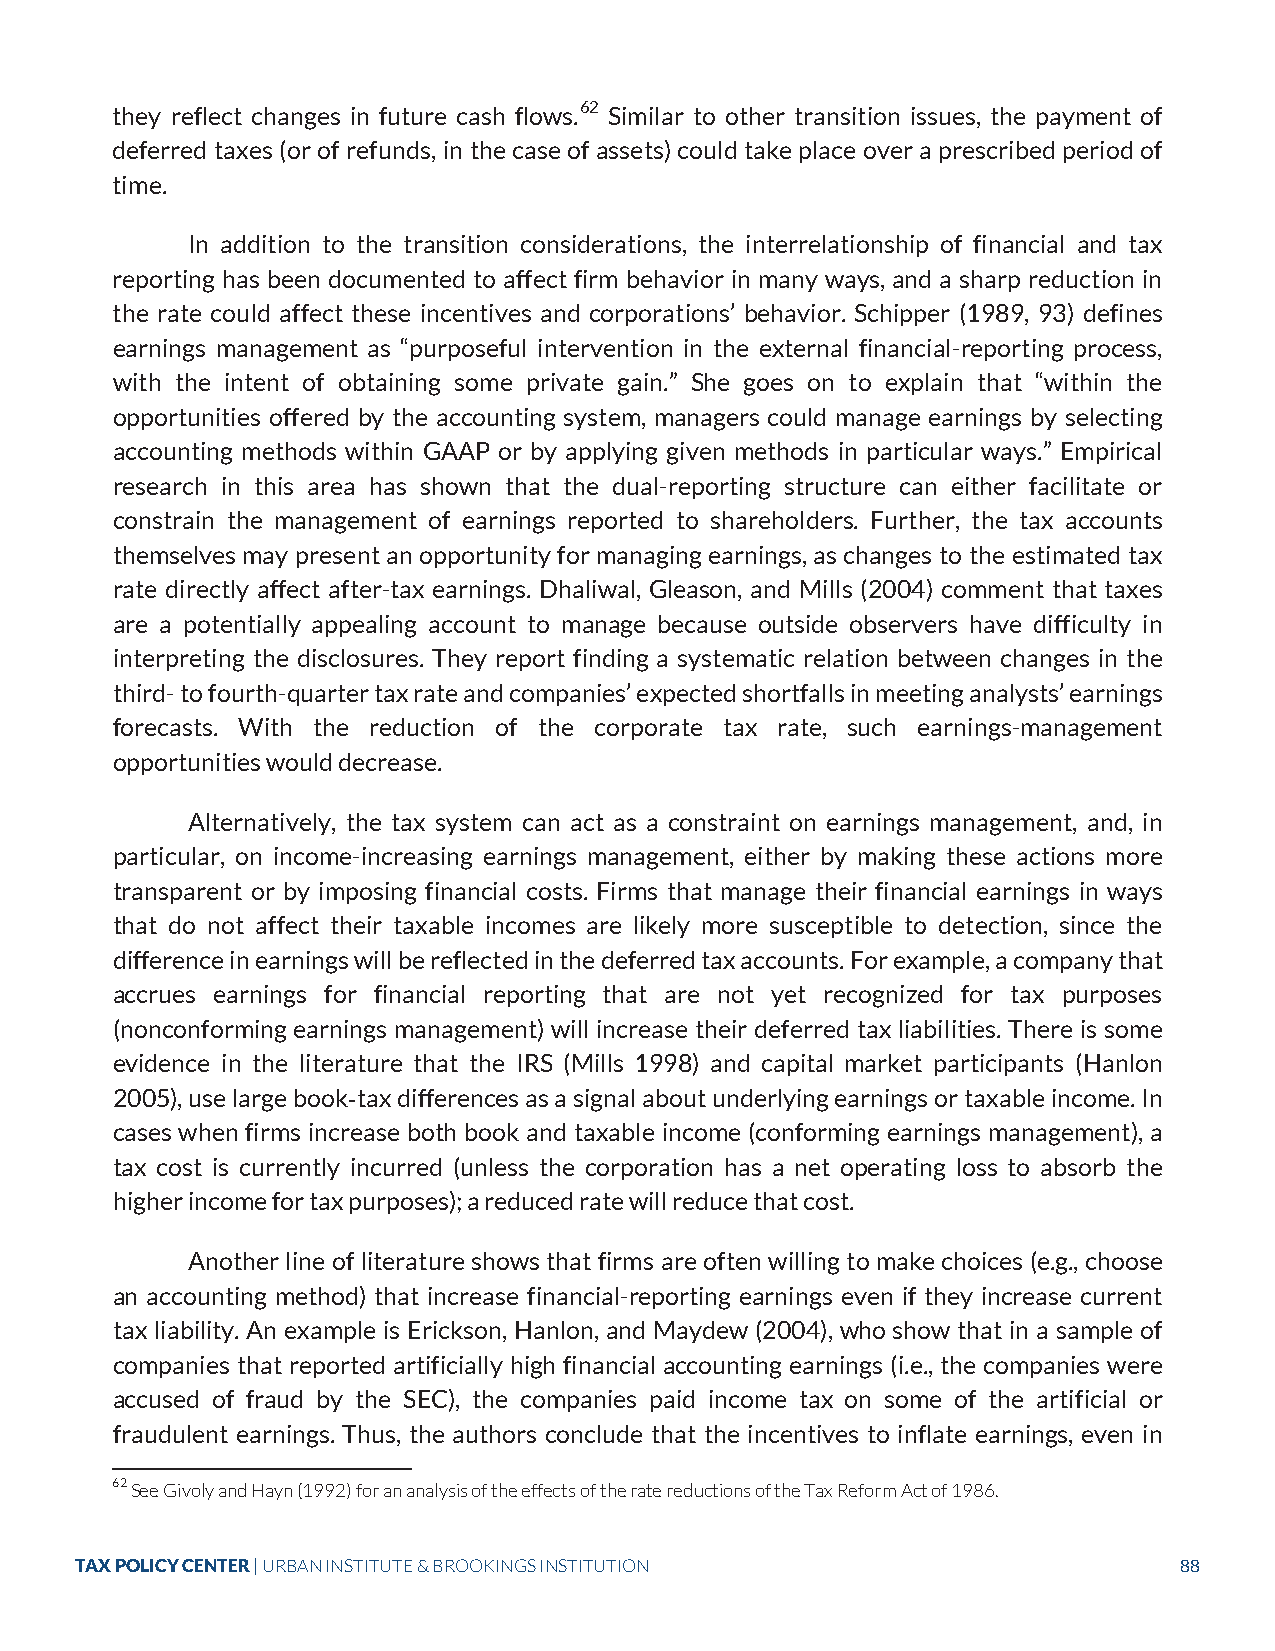
they reflect changes in future cash flows.62 Similar to other transition issues, the payment of
 deferred taxes (or of refunds, in the case of assets) could take place over a prescribed period of
 time.
 In addition to the transition considerations, the interrelationship of financial and tax
 reporting has been documented to affect firm behavior in many ways, and a sharp reduction in
 the rate could affect these incentives and corporations’ behavior. Schipper (1989, 93) defines
 earnings management as “purposeful intervention in the external financial-reporting process,
 with the intent of obtaining some private gain.” She goes on to explain that “within the
 opportunities offered by the accounting system, managers could manage earnings by selecting
 accounting methods within GAAP or by applying given methods in particular ways.” Empirical
 research in this area has shown that the dual-reporting structure can either facilitate or
 constrain the management of earnings reported to shareholders. Further, the tax accounts
 themselves may present an opportunity for managing earnings, as changes to the estimated tax
 rate directly affect after-tax earnings. Dhaliwal, Gleason, and Mills (2004) comment that taxes
 are a potentially appealing account to manage because outside observers have difficulty in
 interpreting the disclosures. They report finding a systematic relation between changes in the
 third- to fourth-quarter tax rate and companies’ expected shortfalls in meeting analysts’ earnings
 forecasts. With the reduction of the corporate tax rate, such earnings-management
 opportunities would decrease.
 Alternatively, the tax system can act as a constraint on earnings management, and, in
 particular, on income-increasing earnings management, either by making these actions more
 transparent or by imposing financial costs. Firms that manage their financial earnings in ways
 that do not affect their taxable incomes are likely more susceptible to detection, since the
 difference in earnings will be reflected in the deferred tax accounts. For example, a company that
 accrues earnings for financial reporting that are not yet recognized for tax purposes
 (nonconforming earnings management) will increase their deferred tax liabilities. There is some
 evidence in the literature that the IRS (Mills 1998) and capital market participants (Hanlon
 2005), use large book tax differences as a signal about underlying earnings or taxable income. In
 cases when firms increase both book and taxable income (conforming earnings management), a
 ‐
 tax cost is currently incurred (unless the corporation has a net operating loss to absorb the
 higher income for tax purposes); a reduced rate will reduce that cost.
 Another line of literature shows that firms are often willing to make choices (e.g., choose
 an accounting method) that increase financial-reporting earnings even if they increase current
 tax liability. An example is Erickson, Hanlon, and Maydew (2004), who show that in a sample of
 companies that reported artificially high financial accounting earnings (i.e., the companies were
 accused of fraud by the SEC), the companies paid income tax on some of the artificial or
 fraudulent earnings. Thus, the authors conclude that the incentives to inflate earnings, even in
 62 See Givoly and Hayn (1992) for an analysis of the effects of the rate reductions of the Tax Reform Act of 1986.
 TAX POLICY CENTER | URBAN INSTITUTE & BROOKINGS INSTITUTION              88